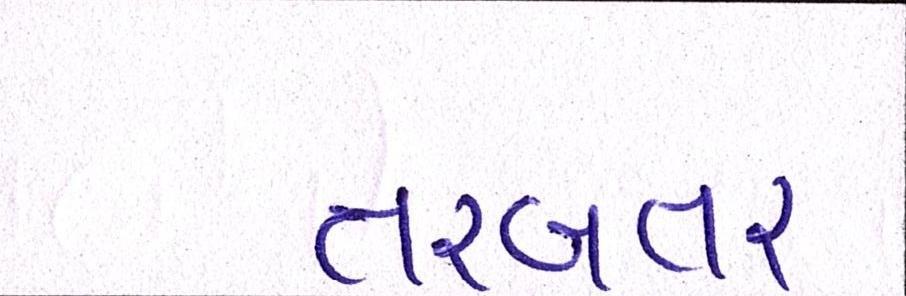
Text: તરબતર